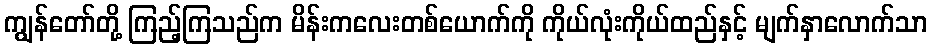
ကျွန်တော်တို့ ကြည့်ကြသည်က မိန်းကလေးတစ်ယောက်ကို ကိုယ်လုံးကိုယ်ထည်နှင့် မျက်နှာလောက်သာ